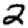
Digit: 2